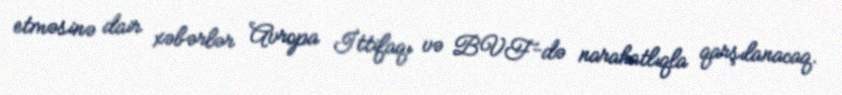
etməsinə dair xəbərlər Avropa İttifaqı və BVF-də narahatlıqla qarşılanacaq.